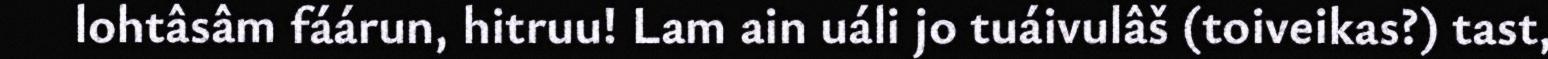
lohtâsâm fáárun, hitruu! Lam ain uáli jo tuáivulâš (toiveikas?) tast,